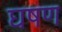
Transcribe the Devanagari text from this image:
घषण